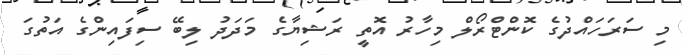
މި ސަރަހައްދުގެ ކޮންޓްރޯލް މިހާރު އޮތީ ރަޝިޔާގެ މަދަދު ލިބޭ ސިފައިންގެ އަތުގަ